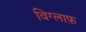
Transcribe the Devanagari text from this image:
विग्लाफ़